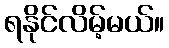
ရနိုင်လိမ့်မယ်။